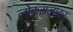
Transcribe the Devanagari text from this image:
लोकमनावर